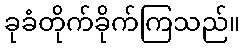
ခုခံတိုက်ခိုက်ကြသည်။